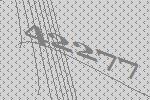
42277